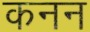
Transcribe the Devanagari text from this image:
कनन